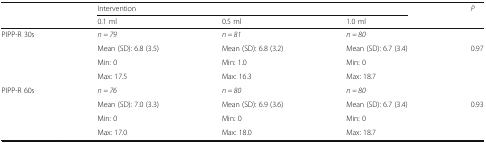
| <ROWSPAN=2>  | <COLSPAN=3> Intervention | P |
 | 0.1 ml | 0.5 ml | 1.0 ml |  |
 | --- | --- | --- | --- | --- |
 | <ROWSPAN=4> PIPP-R 30s | n = 79 | n = 81 | n = 80 |  |
 | Mean (SD): 6.8 (3.5) | Mean (SD): 6.8 (3.2) | Mean (SD): 6.7 (3.4) | 0.97 |
 | Min: 0 | Min: 1.0 | Min: 0 |  |
 | Max: 17.5 | Max: 16.3 | Max: 18.7 |  |
 | <ROWSPAN=4> PIPP-R 60s | n = 76 | n = 80 | n = 80 |  |
 | Mean (SD): 7.0 (3.3) | Mean (SD): 6.9 (3.6) | Mean (SD): 6.7 (3.4) | 0.93 |
 | Min: 0 | Min: 0 | Min: 0 |  |
 | Max: 17.0 | Max: 18.0 | Max: 18.7 |  |